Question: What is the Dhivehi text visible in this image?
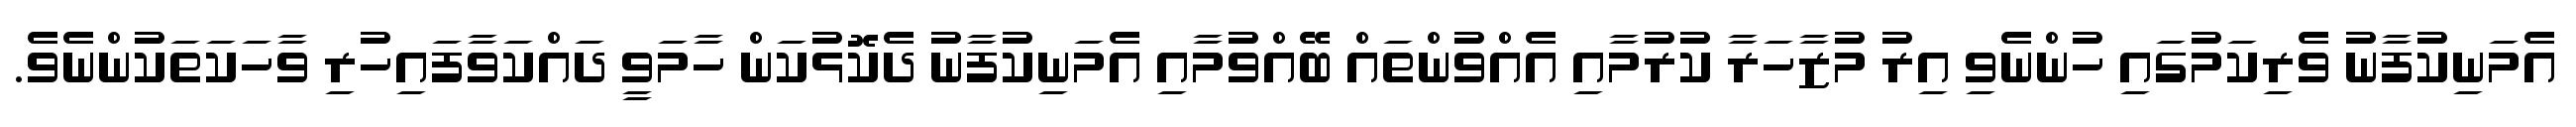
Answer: އެމަނިކުފާނު ވެރިކަމުގައި ހުންނެވި އިރު މުޒާހަރާ ކުރުމާއި އެއްވުންތައް ބޭއްވުމާއި އެމަނިކުފާނު ދެކޮޅުކަން ހާމަވީ ދައްކަވާފައިހުރި ވާހަކަތަކުންނެވެ.